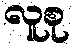
လူစု